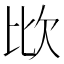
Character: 𣢋